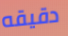
دقيقه